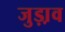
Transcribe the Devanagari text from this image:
जुड़ा़व